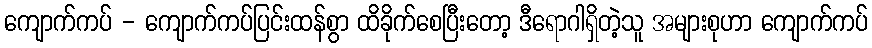
ကျောက်ကပ် - ကျောက်ကပ်ပြင်းထန်စွာ ထိခိုက်စေပြီးတော့ ဒီရောဂါရှိတဲ့သူ အများစုဟာ ကျောက်ကပ်